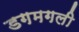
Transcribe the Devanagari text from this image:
डगमगली